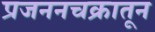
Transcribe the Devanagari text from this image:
प्रजननचक्रातून